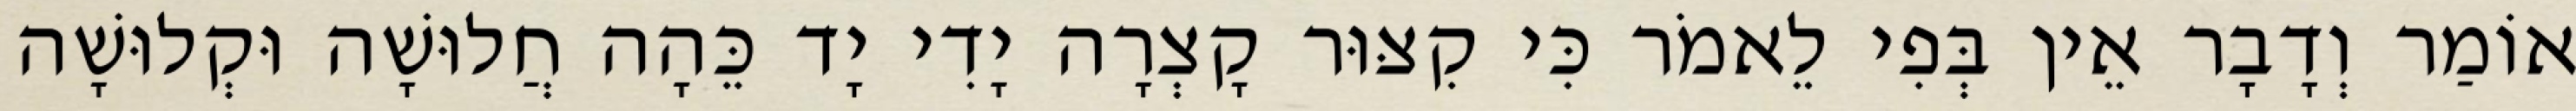
אוֹמַר וְדָבָר אֵין בְּפִי לֵאמֹר כִּי קִצּוּר קָצְרָה יָדִי יָד כֵּהָה חֲלוּשָׁה וּקְלוּשָׁה